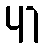
41